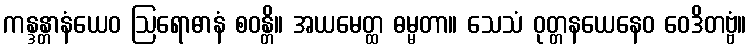
ကန္ဒန္တာနံယေဝ ဩရောဓာနံ စဝန္တိ။ အယမေတ္ထ ဓမ္မတာ။ သေသံ ဝုတ္တနယေနေဝ ဝေဒိတဗ္ဗံ။